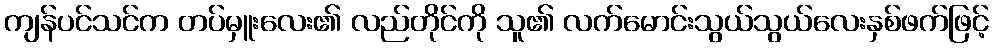
ကျန်ပင်သင်က တပ်မှူးလေး၏ လည်တိုင်ကို သူ၏ လက်မောင်းသွယ်သွယ်လေးနှစ်ဖက်ဖြင့်